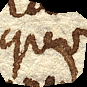
liquor